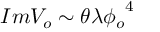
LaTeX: I m V _ { o } \sim \theta \lambda { \phi _ { o } } ^ { 4 }